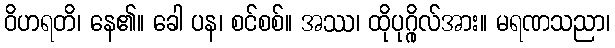
ဝိဟရတိ၊ နေ၏။ ခေါ ပန၊ စင်စစ်။ အဿ၊ ထိုပုဂ္ဂိုလ်အား။ မရဏသညာ၊